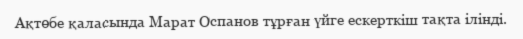
Ақтөбе қаласында Марат Оспанов тұрған үйге ескерткіш тақта ілінді.